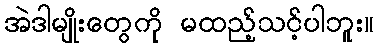
အဲဒါမျိုးတွေကို မထည့်သင့်ပါဘူး။